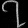
Digit: ၇